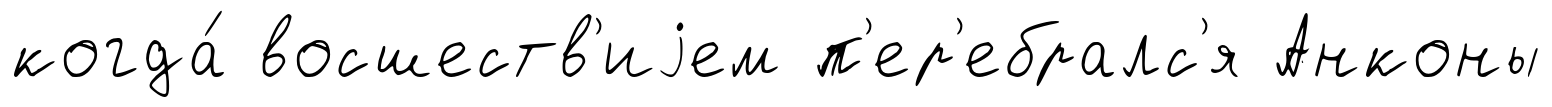
когда́ восшеств'иjем п'ер'ебралс'я Анконы